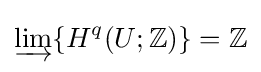
\varinjlim \{H^{q}(U;\mathbb {Z} )\}=\mathbb {Z}